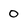
Character: 0